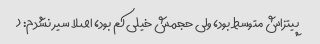
پیتزاش متوسط بود، ولی حجمش خیلی کم بود، اصلا سیر نشدم: (